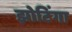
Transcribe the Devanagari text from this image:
झोटिंगा